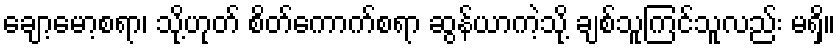
ချော့မော့စရာ၊ သို့ဟုတ် စိတ်ကောက်စရာ ဆွန်ယာကဲ့သို့ ချစ်သူကြင်သူလည်း မရှိ။